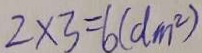
2 \times 3 = 6 ( d m ^ { 2 } )